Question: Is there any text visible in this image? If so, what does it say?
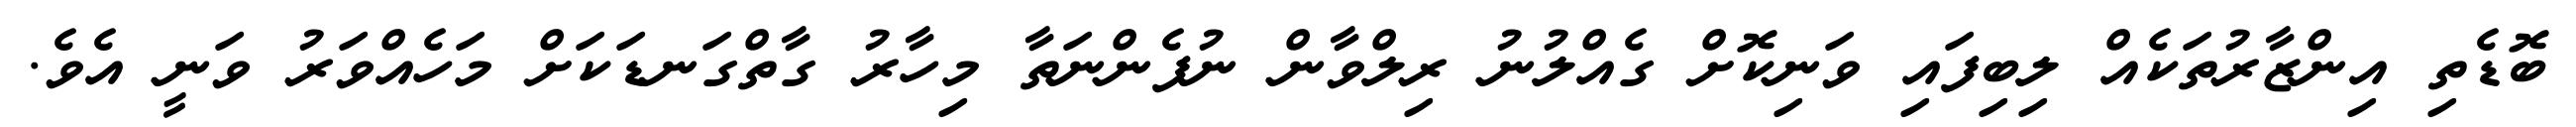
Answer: ބޮޑެތި އިންޒާރުތަކެއް ލިބިފައި ވަނިކޮށް ގެއްލުނު ރިލްވާން ނުފެންނަތާ މިހާރު ގާތްގަނޑަކަށް މަހެއްވަރު ވަނީ އެވެ.